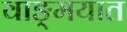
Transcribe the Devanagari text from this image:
वाङ्‍मयात